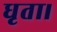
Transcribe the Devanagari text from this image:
धृता।